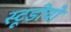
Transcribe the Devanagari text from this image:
स्टूडीयो